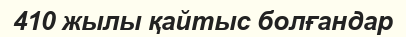
410 жылы қайтыс болғандар